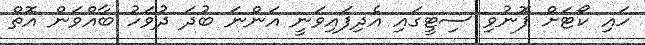
ހައި ކޯޓަށް ފޮނުވި ސިޓީގައި އެދިފައިވަނީ އަންނަ ބުދަ ދުވަހު ބާއްވަން އޮތް